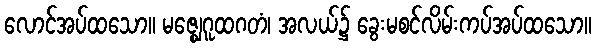
လောင်အပ်ထသော။ မဇ္ဈေဂူထဂတံ၊ အလယ်၌ ခွေးမစင်လိမ်းကပ်အပ်ထသော။